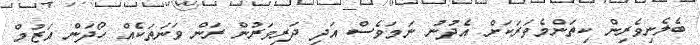
ބެލެނިވެރިން ކިތަންމެވަރަކަށް އެދުނު ނަމަވެސް އަދި ދަރިވަރުން ރަން ވަނަތަކެއް ހޯދަން އަޒުމް